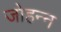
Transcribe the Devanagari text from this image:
जोहन्न